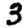
Digit: 3